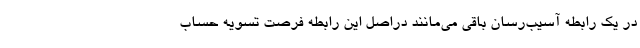
در یک رابطه آسیب‌رسان باقی می‌مانند دراصل این رابطه فرصت تسویه حساب